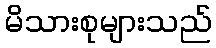
မိသားစုများသည်